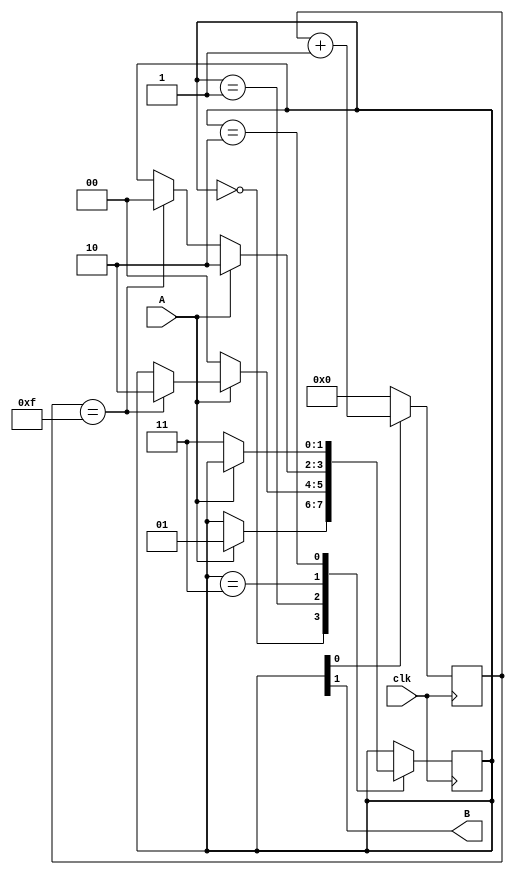
`timescale 1ns / 1ps
//////////////////////////////////////////////////////////////////////////////////
// Company: DigilentInc
// 
// Module Name: debouncer
// Project Name: OLED Demo
// Description: Debounces an input signal. When input transitions, only transition output if input is stable for COUNT_MAX clock cycles.
// 
// Revision:
// Revision 0.01 - File Created
// Additional Comments:
// 
//////////////////////////////////////////////////////////////////////////////////


module debouncer(
    input wire clk,
    input wire A,
    output wire B
);
    parameter COUNT_MAX   = 15, // number of clock cycles the input must be stable for before the output will transition.
			  COUNT_WIDTH = 4;  // ceil(log2(COUNT_MAX)) suggested, number of bits for the delay counter.
			  
    localparam Idle = 2'b00, // state encoded as bit1: output, bit0: count enable.
               Tran = 2'b01,
               Off  = 2'b00,
               On   = 2'b10;
	
    reg [1:0] state = Off|Idle; // initialize state to zero, if input initially one, may cause an unnecessary transition on startup.
	reg [COUNT_WIDTH-1:0] count;
			   
    assign B = state[1];
	
    always@(posedge clk)
        if (state[0] == 1'b0)
            count <= 0; // Only count during a transition state, Idle state should prepare count to begin transition.
        else
            count <= count + 1'b1;
			
    always@(posedge clk)
        case (state)
        Off|Idle:
            if (A == 1'b1)
                state <= Off|Tran; // Begin low to high transition.
        Off|Tran:
            if (A == 0)
                state <= Off|Idle; // Input has failed to stay high, return to Off and Idle.
            else if (count == COUNT_MAX)
                state <= On|Idle; // Timer has completed, turn output on.
        On|Tran:
            if (A == 1)
                state <= On|Idle; // Input has failed to stay off, return to On and Idle.
            else if (count == COUNT_MAX)
                state <= Off|Idle; // Timer has completed, turn output off.
        On|Idle:
            if (A == 0)
                state <= On|Tran; // Begin high to low transition.
        endcase
endmodule